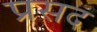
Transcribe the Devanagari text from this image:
प्रसद